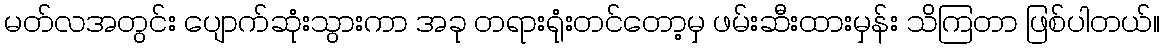
မတ်လအတွင်း ပျောက်ဆုံးသွားကာ အခု တရားရုံးတင်တော့မှ ဖမ်းဆီးထားမှန်း သိကြတာ ဖြစ်ပါတယ်။